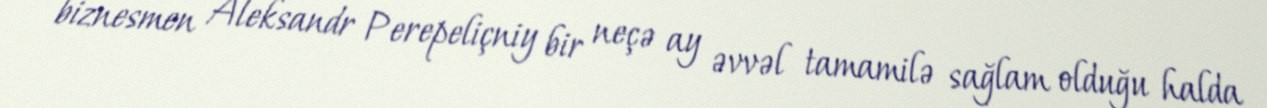
biznesmen Aleksandr Perepeliçniy bir neçə ay əvvəl tamamilə sağlam olduğu halda